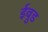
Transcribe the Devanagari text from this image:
ईवुड